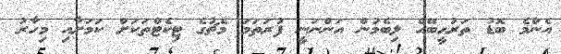
އެންމެ ބޮޑު ތަރުހީބޭއް ލިބެމުން އަންނަނީ ފުރަތަމަ މެޗުގެ ޓިކެޓްތަކަށް ކަމަށާއި މިހާރު